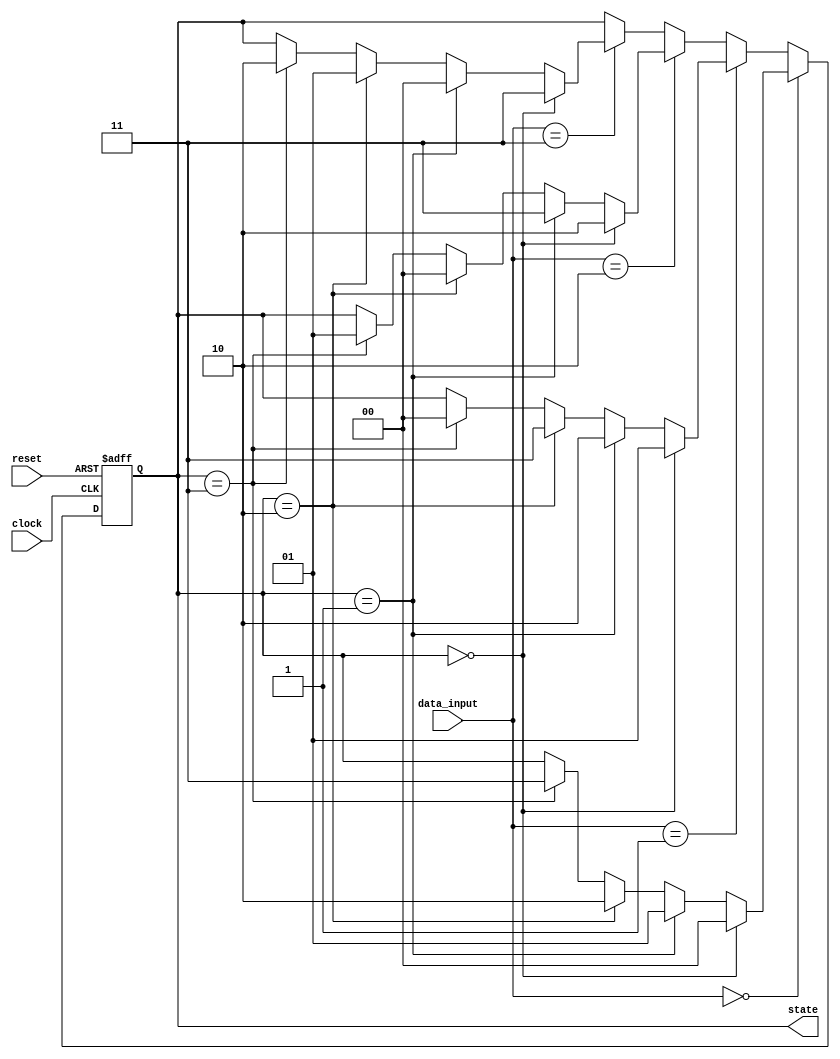
///////////////////////////////////////////////////////////////////////////////////////////////////
// Company: <Name>
//
// File history:
//      <Revision number>: <Date>: <Comments>
//      <Revision number>: <Date>: <Comments>
//      <Revision number>: <Date>: <Comments>
//
// Description: 
//
// <Description here>
//
// Targeted device: <Family::IGLOO> <Die::AGLN250V2> <Package::100 VQFP>
//
/////////////////////////////////////////////////////////////////////////////////////////////////// 
//`timescale <time_units> / <precision>

module dqpsk_modulator( clock, reset, data_input, state);
input clock, reset;
input[1:0] data_input;
output reg[1:0] state;

always @(posedge clock or negedge reset)
begin
    if (!reset)
    begin
        state <= 0;
    end
    else
    begin
        if (data_input==2'h0)
        begin
            if (state==2'h0)
                state <= 2'h0;
            else if (state==2'h1)
                state <= 2'h1;
            else if (state==2'h2)
                state <= 2'h2;
            else if (state==2'h3)
                state <= 2'h3;
        end
        else if (data_input==2'h1)
        begin
            if (state==2'h0)
                state <= 2'h1;
            else if (state==2'h1)
                state <= 2'h2;
            else if (state==2'h2)
                state <= 2'h3;
            else if (state==2'h3)
                state <= 2'h0;
        end
        else if (data_input==2'h2)
        begin
            if (state==2'h0)
                state <= 2'h2;
            else if (state==2'h1)
                state <= 2'h3;
            else if (state==2'h2)
                state <= 2'h0;
            else if (state==2'h3)
                state <= 2'h1;
        end
        else if (data_input==2'h3)
        begin
            if (state==2'h0)
                state <= 2'h3;
            else if (state==2'h1)
                state <= 2'h0;
            else if (state==2'h2)
                state <= 2'h1;
            else if (state==2'h3)
                state <= 2'h2;
        end
    end
end

endmodule